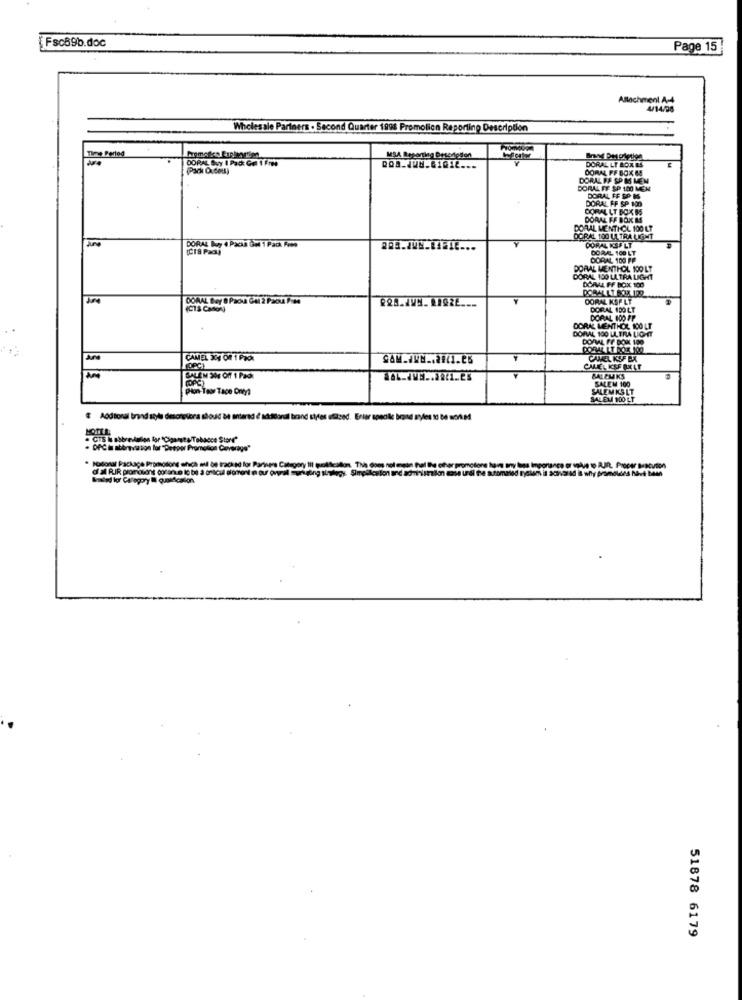
Fsc69b.doc
Page 15
Allachmenl A-4
4/14/08
Wholesale Pariners . Second Quarter 1998 Promolicn Reporting Description
Time Period
ODPAL Buy I Pad: Get 1 Free
MSA Reporting Description
DORAL LT BOX &4
DORAL FF BOX M
DORAL FE SO MS MEN
DORAL FE SP 100 MEN
DORAL FF SP 100
DORAL FF SO MS
CORAL LT BOX 85
DORAL FF BOK &
DORAL MENTHOL 100 LT
DORAL Muy 4 Packs Om 1 Pack Fome
DORAL 100 LA TRA LIGHT
DORAL KSF LT
DORAL 100 LT
DORAL 100 FP
DORAL MENTHOL 100 LT
DORAL 100 LA TRA LIGHT
DORAL FF BOIX 100
DONAL Boy 8 Packa Get 2 Pacsu Pimo
CORAL KSP LT
(CTS Casos)
DORAL 1DO LT
DORAL 100 PP
DORAL MENTHOL 100 LF
DORAL 100 ULTRA LIGHT
DORAL FF DON 100
DOMESTIVE 100
CAMEL 301 Of 1 Pack
CAMEL KSF BX
(OPG)
CALEL ISE AXAT
SALEN SN Off 1 PAK
(PPC)
BALEMKS
SALEM 100
Pion-Tow Tace Ony
SALEM KSLT
SALEM 100 LT
MOTEL
. CTS Is abbrevdasen for "Cigaret s/Tobacco Stort"
. DPC is abergauge lar "Deeper Promotion Coverage"
ssonal Package Promoslone which med be tracked for Partners Category 11
51878 6179